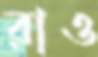
রাও